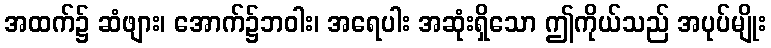
အထက်၌ ဆံဖျား၊ အောက်၌ဘဝါး၊ အရေပါး အဆုံးရှိသော ဤကိုယ်သည် အပုပ်မျိုး